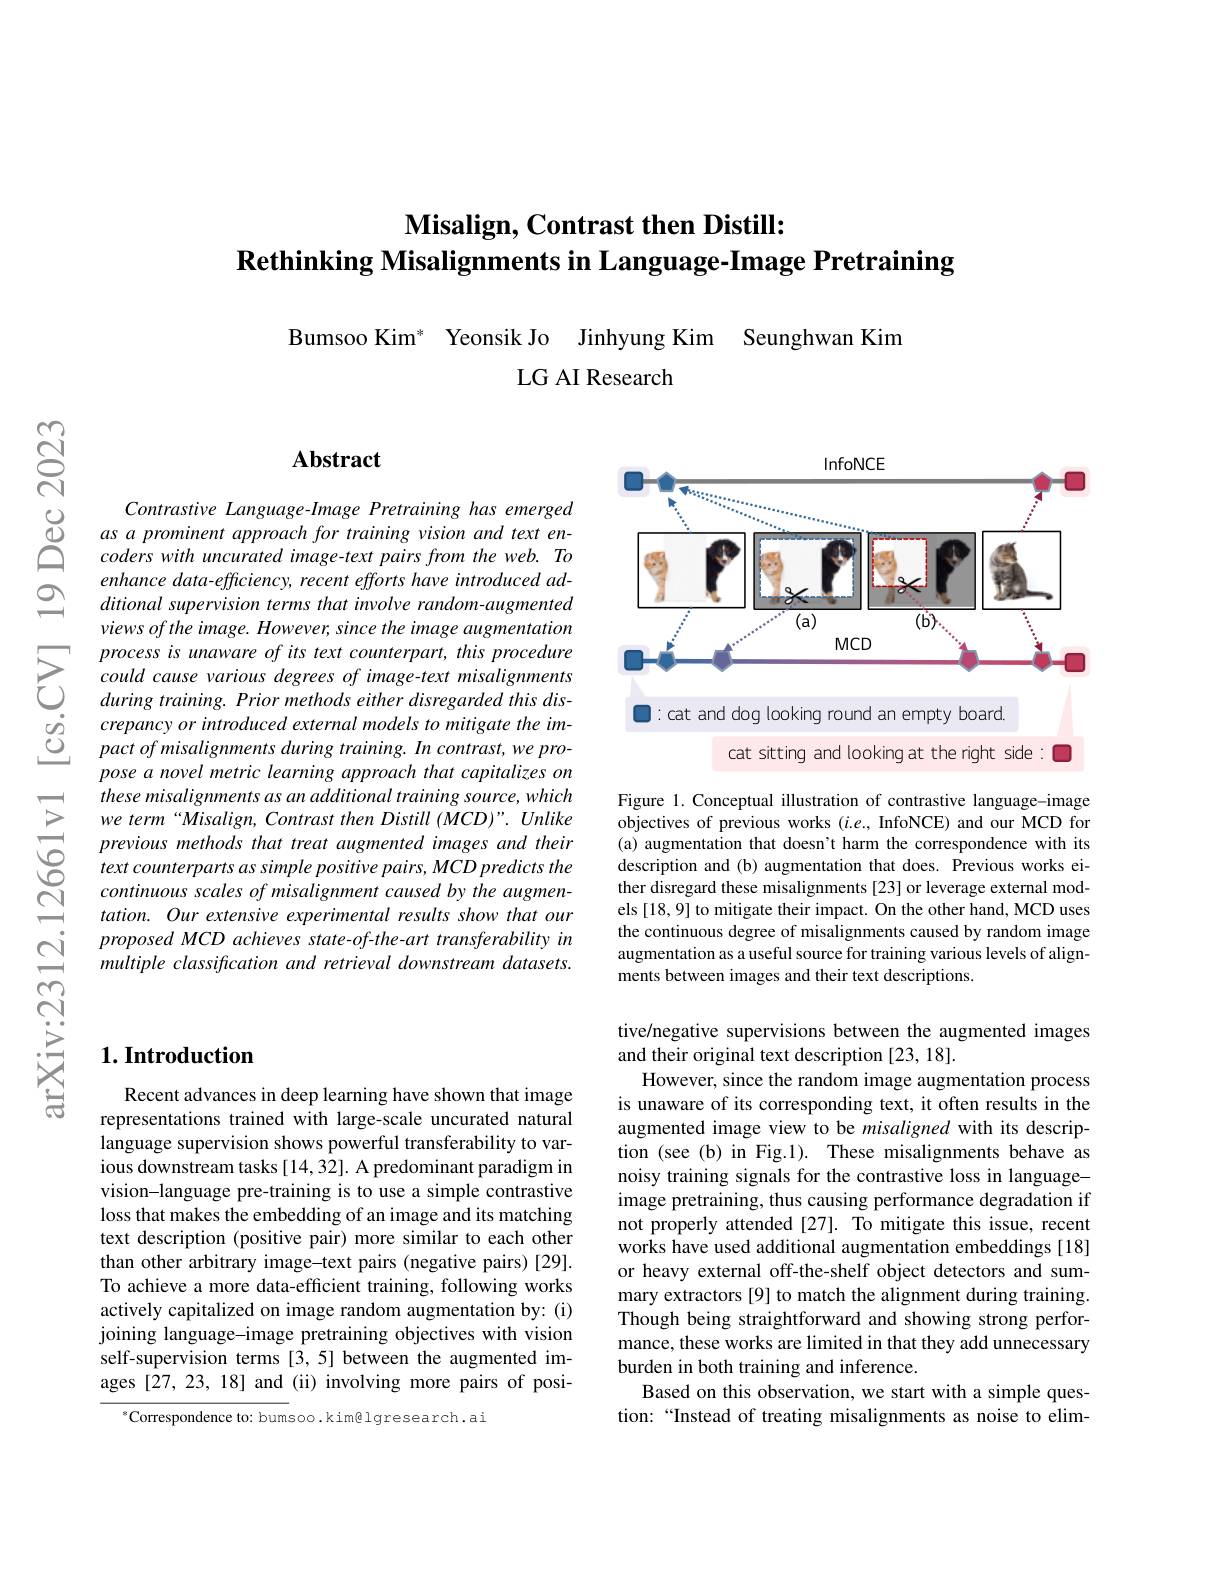
## $\textbf{Misalign, Contrast then Distill: }$ Rethinking Misalignments in

Bumsoo Kim* Yeonsik Jo Jinhyung Kim Seunghwan Kim
LG AI Research

$으$

$ଟ୍ଟି$

## Abstract

$\begin{array}{ccc}&Contrastive&Language\end{array}$
enhance data-efficiency, recent efforts have introduced additional supervision terms t views of the image. However,
$\sum_{\begin{array}{ccc}&process&is&unawar\end{array}}$ $\begin{array}{ccc}\dot{o}&crepancyor\:introduced\:external\:models\:to\:mitigate\:the\:im-\\\dot{O}&pact\:of\:misalignments\:during\:training.\:In\:contrast,\:we\:pro-\end{array}$
pose a novel metric learning approach that capitalizes on these misalignments as an additional training source, which we term“Misalign, Contrast t previous methods that treat text counterparts as simple positive pairs, MCD predicts the continuous scales of misalig tation. Our extensive experimental results show that our proposed MCD achieves statemultiple classification and retrieval downstream datasets.

InfoNCE
<FigureHere>

Figure 1.Conceptual illustration of contrastive language-image objectives of previous works (a) augmentation that doesn't harm the correspondence with its description and (b) augmentation that does. Previous works either disregard these misalignments [23] or leverage external models [18, 9] to mitigate their impact. On the other hand, MCD uses the continuous degree of misalignments caused by random image augmentation as a useful source for training various levels of alignments between images and their text descriptions.

tive/negative supervisions between the augmented images
and their original text description [23, 18].
However, since the random image augmentation process is unaware of its corresponding text, it often results in the augmented image view to be misaligned with its description (see (b) in Fig.1). These misalignments behave as noisy training signals for the contrastive loss in languageimage pretraining, thus causing performance degradation if not properly attended [27]. To mitigate this issue, recent works have used additional augmentation embeddings [18] or heavy external off-the-shelf object detectors and summary extractors [9] to match the alignment during training. Though being straightforward and showing strong performance, these works are limited in that they add unnecessary burden in both training and inference.
Based on this observation, we start with a simple question:“Instead of treating misalignments as noise to elim-

### $1. \textbf{Introduction}$

Recent advances in deep learning have shown that image representations trained with large-scale uncurated natural language supervision shows powerful transferability to various downstream tasks [14,32]. A predominant paradigm in vision-language pre-training is to use a simple contrastive loss that makes the embedding of an image and its matching text description (positive pair) more similar to each other than other arbitrary image-text pairs (negative pairs)[29]. To achieve a more data-efficient training, following works actively capitalized on image random augmentation by: (i) joining language-image pretraining objectives with vision self-supervision terms [3,5] between the augmented images [27,23,18] and (ii) involving more pairs of posi-

$^{*}$Correspondence to: bumsoo.kim@lgresearch.ai